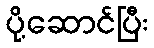
ပို့ဆောင်ပြီး